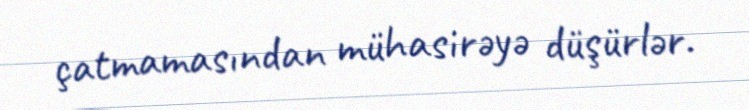
çatmamasından mühasirəyə düşürlər.